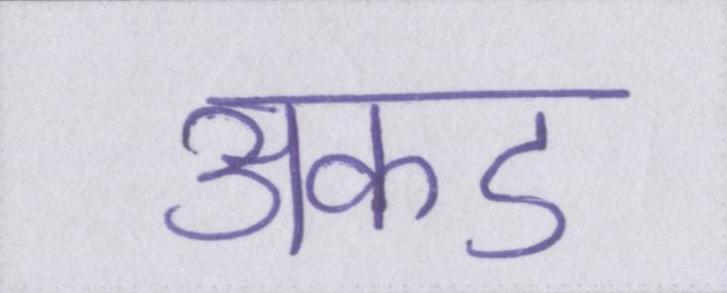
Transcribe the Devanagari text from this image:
अकड